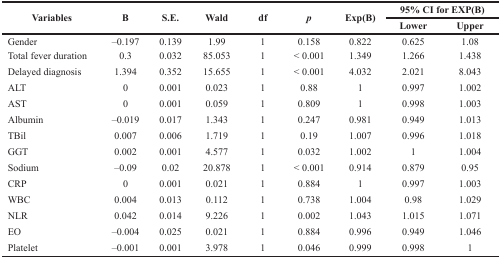
<table><thead><tr><td rowspan="2"><b>Variables</b></td><td rowspan="2"><b>B</b></td><td rowspan="2"><b>S.E.</b></td><td rowspan="2"><b>Wald</b></td><td rowspan="2"><b>df</b></td><td rowspan="2"><b><i>p</i></b></td><td rowspan="2"><b>Exp(B)</b></td><td colspan="2"><b>95% CI for EXP(B)</b></td></tr><tr><td><b>Lower</b></td><td><b>Upper</b></td></tr></thead><tbody><tr><td>Gender</td><td>–0.197</td><td>0.139</td><td>1.99</td><td>1</td><td>0.158</td><td>0.822</td><td>0.625</td><td>1.08</td></tr><tr><td>Total fever duration</td><td>0.3</td><td>0.032</td><td>85.053</td><td>1</td><td>&lt; 0.001</td><td>1.349</td><td>1.266</td><td>1.438</td></tr><tr><td>Delayed diagnosis</td><td>1.394</td><td>0.352</td><td>15.655</td><td>1</td><td>&lt; 0.001</td><td>4.032</td><td>2.021</td><td>8.043</td></tr><tr><td>ALT</td><td>0</td><td>0.001</td><td>0.023</td><td>1</td><td>0.88</td><td>1</td><td>0.997</td><td>1.002</td></tr><tr><td>AST</td><td>0</td><td>0.001</td><td>0.059</td><td>1</td><td>0.809</td><td>1</td><td>0.998</td><td>1.003</td></tr><tr><td>Albumin</td><td>–0.019</td><td>0.017</td><td>1.343</td><td>1</td><td>0.247</td><td>0.981</td><td>0.949</td><td>1.013</td></tr><tr><td>TBil</td><td>0.007</td><td>0.006</td><td>1.719</td><td>1</td><td>0.19</td><td>1.007</td><td>0.996</td><td>1.018</td></tr><tr><td>GGT</td><td>0.002</td><td>0.001</td><td>4.577</td><td>1</td><td>0.032</td><td>1.002</td><td>1</td><td>1.004</td></tr><tr><td>Sodium</td><td>–0.09</td><td>0.02</td><td>20.878</td><td>1</td><td>&lt; 0.001</td><td>0.914</td><td>0.879</td><td>0.95</td></tr><tr><td>CRP</td><td>0</td><td>0.001</td><td>0.021</td><td>1</td><td>0.884</td><td>1</td><td>0.997</td><td>1.003</td></tr><tr><td>WBC</td><td>0.004</td><td>0.013</td><td>0.112</td><td>1</td><td>0.738</td><td>1.004</td><td>0.98</td><td>1.029</td></tr><tr><td>NLR</td><td>0.042</td><td>0.014</td><td>9.226</td><td>1</td><td>0.002</td><td>1.043</td><td>1.015</td><td>1.071</td></tr><tr><td>EO</td><td>–0.004</td><td>0.025</td><td>0.021</td><td>1</td><td>0.884</td><td>0.996</td><td>0.949</td><td>1.046</td></tr><tr><td>Platelet</td><td>–0.001</td><td>0.001</td><td>3.978</td><td>1</td><td>0.046</td><td>0.999</td><td>0.998</td><td>1</td></tr></tbody></table>